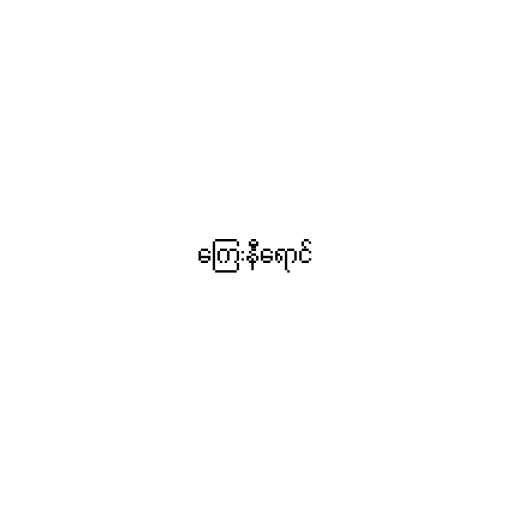
ကြေးနီရောင်